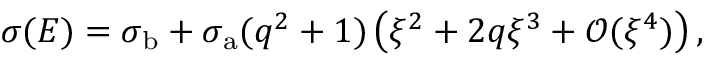
\sigma ( E ) = \sigma _ { \mathrm { b } } + \sigma _ { \mathrm { a } } ( q ^ { 2 } + 1 ) \left( \xi ^ { 2 } + 2 q \xi ^ { 3 } + \mathcal { O } ( \xi ^ { 4 } ) \right) ,